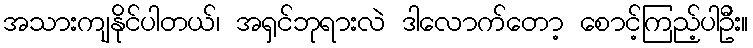
အသားကျနိုင်ပါတယ်၊ အရှင်ဘုရားလဲ ဒါလောက်တော့ စောင့်ကြည့်ပါဦး။